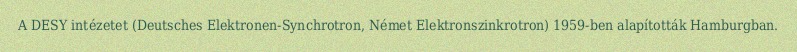
A DESY intézetet (Deutsches Elektronen-Synchrotron, Német Elektronszinkrotron) 1959-ben alapították Hamburgban.